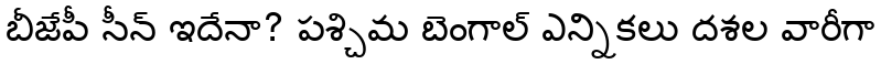
బీజేపీ సీన్ ఇదేనా? పశ్చిమ బెంగాల్ ఎన్నికలు దశల వారీగా